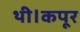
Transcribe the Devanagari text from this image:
थी।कपूर